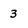
Character: 3